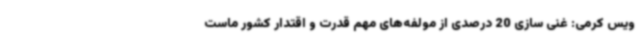
ویس کرمی: غنی سازی 20 درصدی از مولفه‌های مهم قدرت و اقتدار کشور ماست